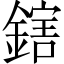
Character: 鎋